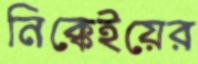
নিক্কেইয়ের